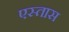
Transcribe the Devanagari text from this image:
एस्तास